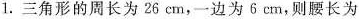
1.三角形的周长为26cm，一边为6cm，则腰长为